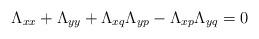
LaTeX: \begin{align*}\Lambda_{xx} + \Lambda_{yy} + \Lambda_{xq} \Lambda_{yp} - \Lambda_{xp} \Lambda_{yq} = 0\end{align*}